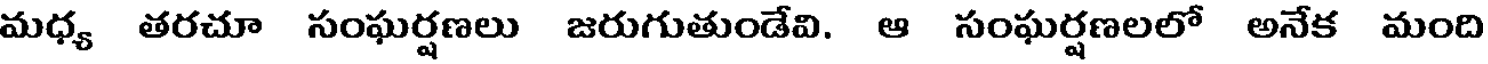
మధ్య తరచూ సంఘర్షణలు జరుగుతుండేవి. ఆ సంఘర్షణలలో అనేక మంది